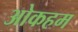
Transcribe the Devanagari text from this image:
ओकहम